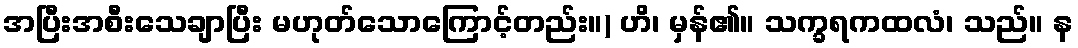
အပြီးအစီးသေချာပြီး မဟုတ်သောကြောင့်တည်း။) ဟိ၊ မှန်၏။ သက္ခရကထလံ၊ သည်။ န